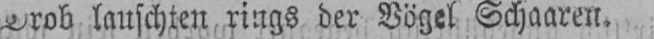
Drob lauschten rings der Vögel Schaaren.